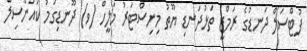
ފުޓްސަލް ދަނޑުގެ ރަމްޒީ ތަޅުދަނޑި ޔޫތު މިނިސްޓަރު މަލީހް (ވ) ދޫނޑިގަމު ކައުންސިލް